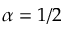
\alpha = 1 / 2